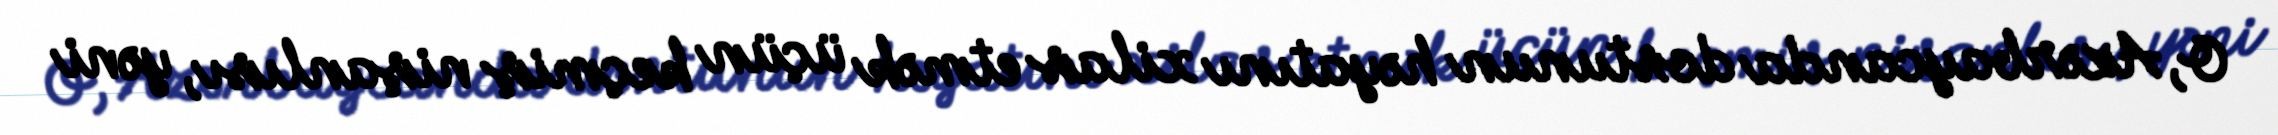
O, Azərbaycanda dostunun həyatını xilas etmək üçün keçmiş nişanlısı, yəni